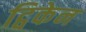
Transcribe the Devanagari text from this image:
ट्विकेन